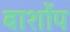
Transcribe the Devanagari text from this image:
बार्शोप